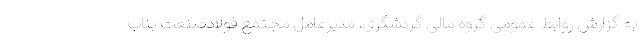
به گزارش روابط عمومی گروه مالی گردشگری، مدیرعامل مجتمع فولادصنعت بناب